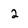
Character: 2